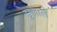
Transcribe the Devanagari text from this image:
सुत्ताले